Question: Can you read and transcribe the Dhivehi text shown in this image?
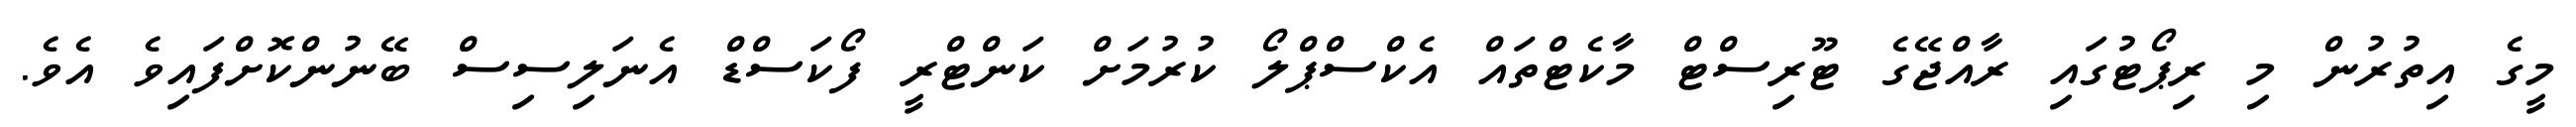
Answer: މީގެ އިތުރުން މި ރިޕޯޓުގައި ރާއްޖޭގެ ޓޫރިސްޓް މާކެޓްތައް އެކްސްޕްލޯ ކުރުމަށް ކަންޓްރީ ފޯކަސްޑް އެނަލިސިސް ބޭނުންކޮށްފައިވެ އެވެ.